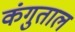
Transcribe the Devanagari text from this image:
कंगुताल